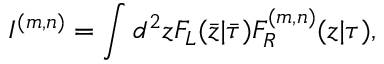
I ^ { ( m , n ) } = \int d ^ { 2 } z F _ { L } ( \bar { z } | \bar { \tau } ) F _ { R } ^ { ( m , n ) } ( z | \tau ) ,